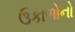
ઉકાળોનો